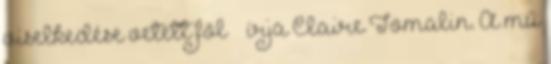
viselkedése vetett föl” – írja Claire Tomalin. A mű